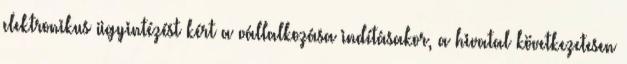
elektronikus ügyintézést kért a vállalkozása indításakor, a hivatal következetesen